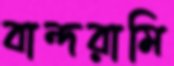
বান্দরামি